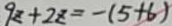
9 z + 2 z = - ( 5 + 6 )